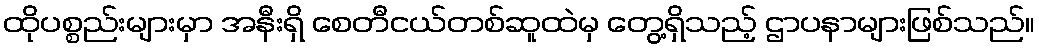
ထိုပစ္စည်းများမှာ အနီးရှိ စေတီငယ်တစ်ဆူထဲမှ တွေ့ရှိသည့် ဌာပနာများဖြစ်သည်။